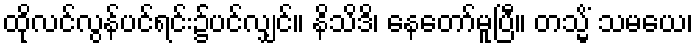
ထိုလင်လွန်ပင်ရင်း၌ပင်လျှင်။ နိသိဒိ၊ နေတော်မူပြီ။ တသ္မိံ သမယေ၊